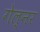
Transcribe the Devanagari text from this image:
गेल्नर